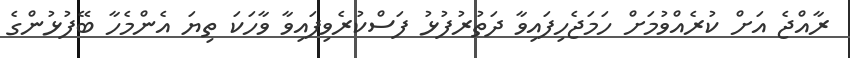
ރާއްޖެ އަށް ކުރެއްވުމަށް ހަމަޖެހިފައިވާ ދަތުރުފުޅު ފަސްކުރެވިފައިވާ ވާހަކަ ތިޔަ އެންމެހާ ބޭފުޅުންގެ